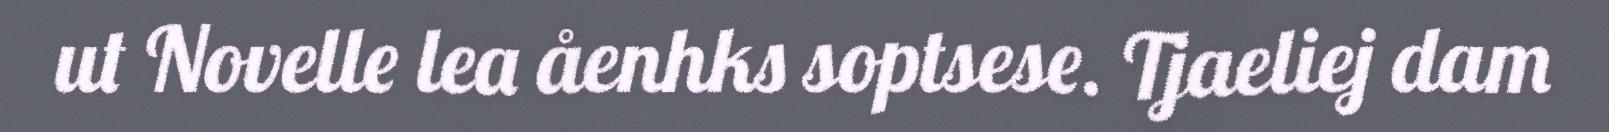
ut Novelle lea åenhks soptsese. Tjaeliej dam